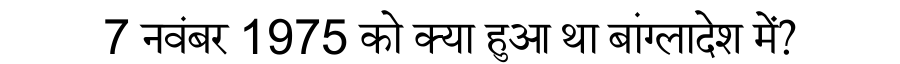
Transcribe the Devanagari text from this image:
7 नवंबर 1975 को क्या हुआ था बांग्लादेश में?